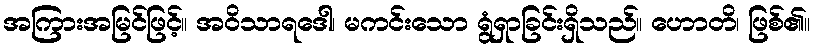
အကြားအမြင်ဖြင့်။ အဝိသာရဒေါ၊ မကင်းသော ရွံရှာခြင်းရှိသည်။ ဟောတိ၊ ဖြစ်၏။